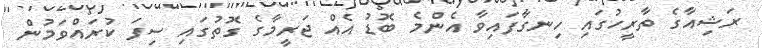
ރަޝިއާގެ ތާރީހުގައި ހިނގާފައިވާ އެންމެ ބޮޑު އެއް ޖަރީމާގެ ގޮތުގައި ސިފަ ކުރައްވަމުން